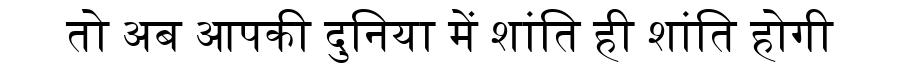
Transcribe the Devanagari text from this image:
तो अब आपकी दुनिया में शांति ही शांति होगी